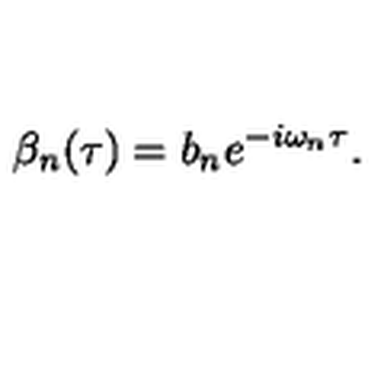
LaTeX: \beta _ { n } ( \tau ) = b _ { n } e ^ { - i \omega _ { n } \tau } .